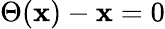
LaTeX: \Theta(\mathbf{x})-\mathbf{x}=0